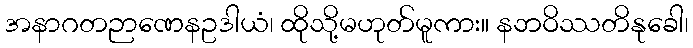
အနာဂတဉာဏေနဥဒါယံ၊ ထိုသို့မဟုတ်မူကား။ နဘဝိဿတိနုခေါ၊